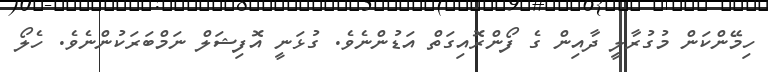
ހިމޭންކަން މުގުރާލީ ދާއިން ގެ ފޯންރޮއިގަތް އަޑުންނެވެ. ގުޅަނީ އޮފިޝަލް ނަމްބަރަކުންނެވެ. ހެލޯ